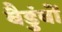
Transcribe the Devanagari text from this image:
बैडुंबों